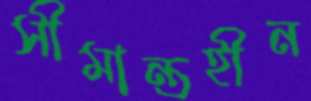
সীমান্তহীন